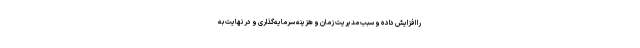
را افزایش داده و سبب مدیریت زمان و هزینه سرمایه‌گذاری و در نهایت به